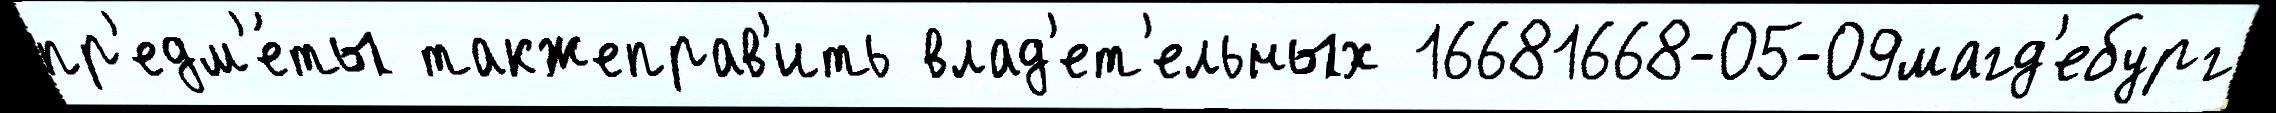
пр'едм'е́ты такжеправ'ить влад'ет'ельных 16681668-05-09магд'ебург